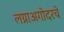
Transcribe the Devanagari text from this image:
लग्नाअगोदरचे